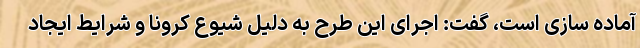
آماده سازی است، گفت: اجرای این طرح به دلیل شیوع کرونا و شرایط ایجاد